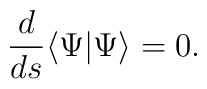
\frac{d}{ds}\langle \Psi |\Psi \rangle =0.